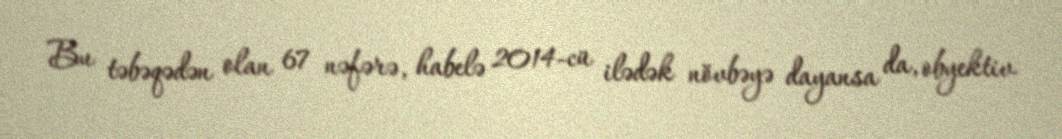
Bu təbəqədən olan 67 nəfərə, habelə 2014-cü ilədək növbəyə dayansa da, obyektiv